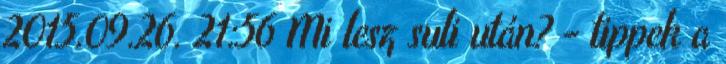
2015.09.26. 21:56 Mi lesz suli után? - tippek a